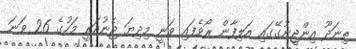
ތިނަދޫ އިންޖީނުގޭގައި އަލިފާން ރޯވެފައި ވަނީ މިދިޔަ ޖެނުއަރީ މަހުގެ 26 ވަނަ